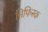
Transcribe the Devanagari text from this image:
निफिस्क